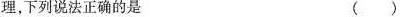
理，下列说法正确的是 ()